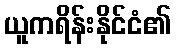
ယူကရိန်းနိုင်ငံ၏